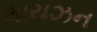
લાયઝન